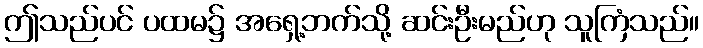
ဤသည်ပင် ပထမ၌ အရှေ့ဘက်သို့ ဆင်းဦးမည်ဟု သူကြံသည်။